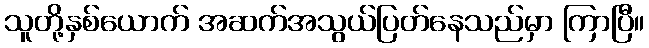
သူတို့နှစ်ယောက် အဆက်အသွယ်ပြတ်နေသည်မှာ ကြာပြီ။